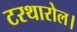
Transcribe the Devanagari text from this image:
टरथारोल।